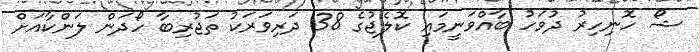
ޝޯ ހޮނިހިރު ދުވަހު ބާއްވަނީމައި ކޮލެޖުގެ 38 ދަރިވަރަކު ތަޖުރިބާ ހޯދަން ލަންކާއަށް